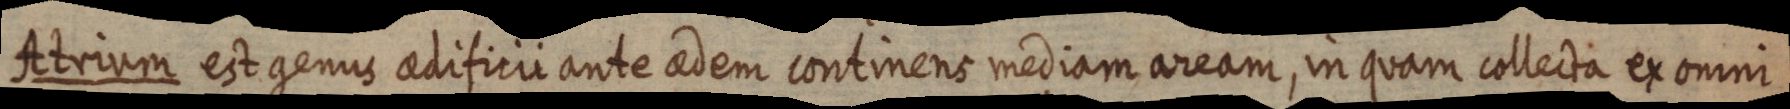
Atrium est genus aedificii ante aedem continens mediam aream, in quam collecta ex omni